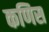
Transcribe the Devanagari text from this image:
कणिस